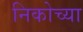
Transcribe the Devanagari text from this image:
निकोच्या